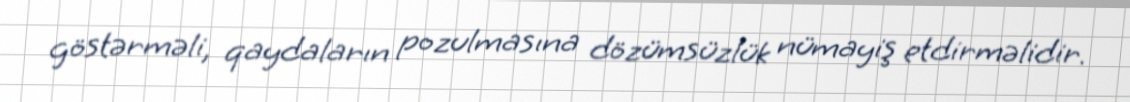
göstərməli, qaydaların pozulmasına dözümsüzlük nümayiş etdirməlidir.